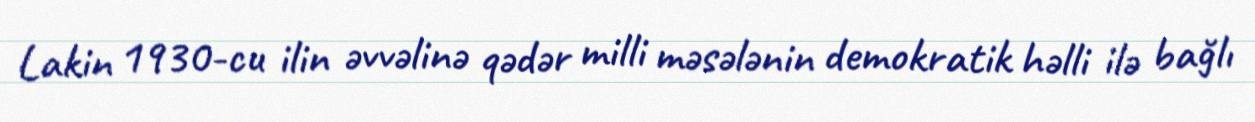
Lakin 1930-cu ilin əvvəlinə qədər milli məsələnin demokratik həlli ilə bağlı